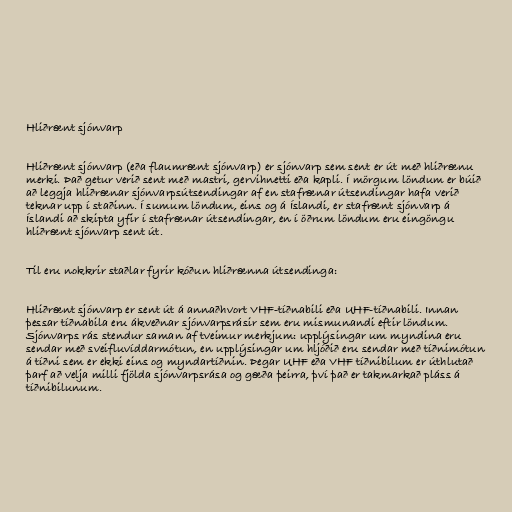
Hliðrænt sjónvarp

Hliðrænt sjónvarp (eða flaumrænt sjónvarp) er sjónvarp sem sent er út með hliðrænu
merki. Það getur verið sent með mastri, gervihnetti eða kapli. Í mörgum löndum er búið
að leggja hliðrænar sjónvarpsútsendingar af en stafrænar útsendingar hafa verið
teknar upp í staðinn. Í sumum löndum, eins og á Íslandi, er stafrænt sjónvarp á
Íslandi að skipta yfir í stafrænar útsendingar, en í öðrum löndum eru eingöngu
hliðrænt sjónvarp sent út.

Til eru nokkrir staðlar fyrir kóðun hliðrænna útsendinga:

Hliðrænt sjónvarp er sent út á annaðhvort VHF-tíðnabili eða UHF-tíðnabili. Innan
þessar tíðnabila eru ákveðnar sjónvarpsrásir sem eru mismunandi eftir löndum.
Sjónvarps rás stendur saman af tveimur merkjum: upplýsingar um myndina eru
sendar með sveifluvíddarmótun, en upplýsingar um hljóðið eru sendar með tíðnimótun
á tíðni sem er ekki eins og myndartíðnin. Þegar UHF eða VHF tíðnibilum er úthlutað
þarf að velja milli fjölda sjónvarpsrása og gæða þeirra, því það er takmarkað pláss á
tíðnibilunum.